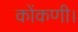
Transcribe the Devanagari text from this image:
कोंकणी।